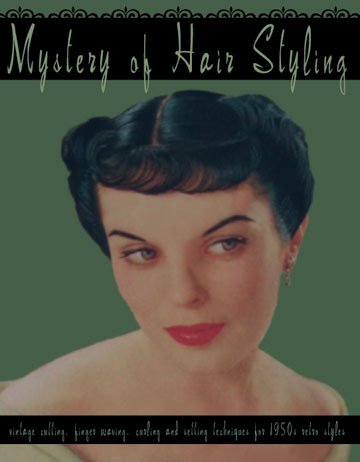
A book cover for Mystery of Hair Styling -- Vintage Cutting, Finger Waving, Curling and Setting Techniques for 1950s; Comer Syprett; Health, Fitness & Dieting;